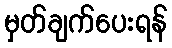
မှတ်ချက်ပေးရန်